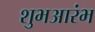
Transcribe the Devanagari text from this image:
शुभआरंभ